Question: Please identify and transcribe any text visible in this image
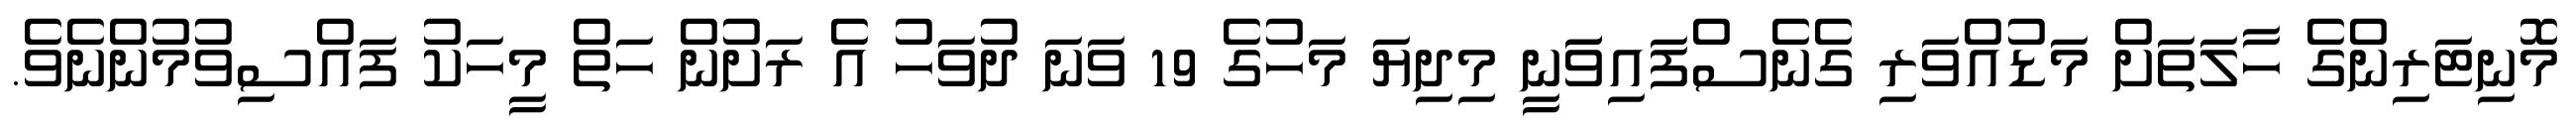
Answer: މޮނިޓަރިންގެ ހާލަތަށް މަޑުއްވަރި ގެނެސްފައިވަަނީ މިދިޔަ މަހުގެ 19 ވަނަ ދުވަހު އެ ރަށުން ހަތް މީހަކު ފައްސިވުމުންނެވެ.